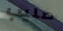
صليب